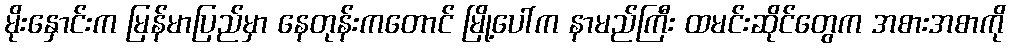
မိုးနှောင်းက မြန်မာပြည်မှာ နေတုန်းကတောင် မြို့ပေါ်က နာမည်ကြီး ထမင်းဆိုင်တွေက အစားအစာကို